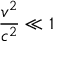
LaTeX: { \frac { v ^ { 2 } } { c ^ { 2 } } } \ll 1